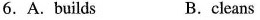
6. A. Builds B. cleans